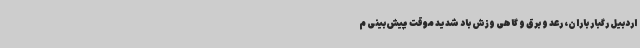
اردبیل رگبار باران، رعد و برق و گاهی وزش باد شدید موقت پیش‌بینی م